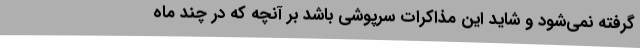
گرفته نمی‌شود و شاید این مذاکرات سرپوشی باشد بر آنچه که در چند ماه